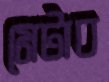
মেটাব